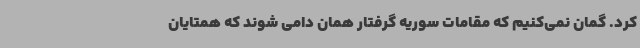
کرد. گمان نمی‌کنیم که مقامات سوریه گرفتار همان دامی شوند که همتایان